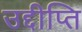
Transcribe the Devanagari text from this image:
उद्दीप्ति